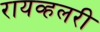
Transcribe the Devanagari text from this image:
रायव्हलरी